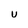
Character: U